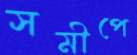
সমীপে